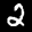
Label: 2